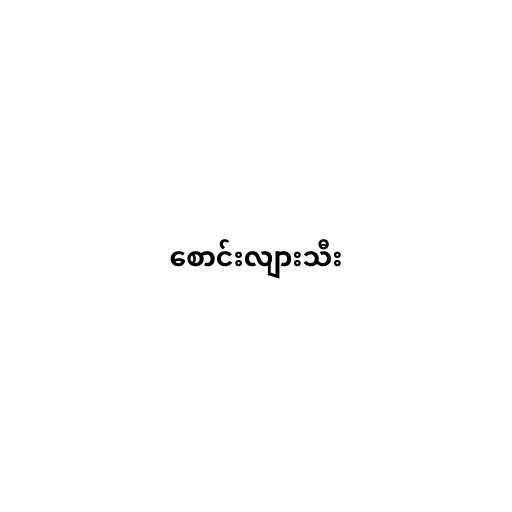
စောင်းလျားသီး